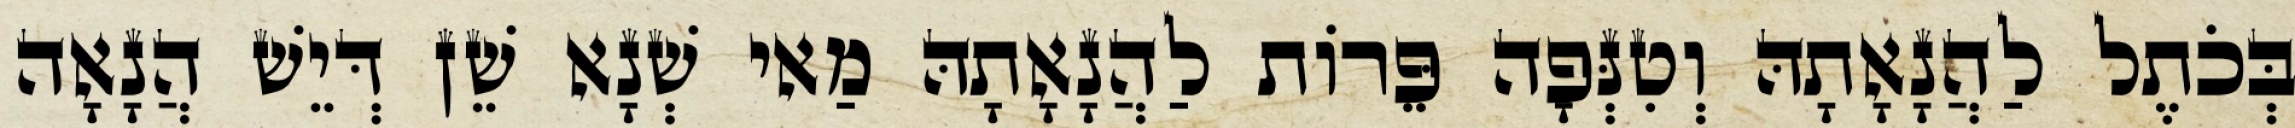
בְּכֹתֶל לַהֲנָאָתָהּ וְטִנְּפָה פֵּרוֹת לַהֲנָאָתָהּ מַאי שְׁנָא שֵׁן דְּיֵשׁ הֲנָאָה